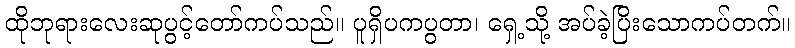
ထိုဘုရားလေးဆုပွင့်တော်ကပ်သည်။ ပူရှိပကပွတာ၊ ရှေ့သို့ အပ်ခဲ့ပြိးသောကပ်တက်။